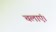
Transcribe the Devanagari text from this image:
चलाएं।